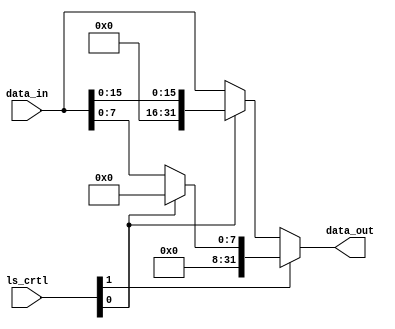
module load_size(
  input wire[1:0] ls_crtl,
  input wire[31:0] data_in,
  output wire[31:0] data_out
);
  wire[31:0] mux_w1, mux_w2;

  assign mux_w1 = ls_crtl[0] ? {16'b0, data_in[15:0]} : data_in; // 01 e 00
  assign mux_w2 = ls_crtl[0] ? 32'b0 : {24'b0, data_in[7:0]};  // 11 e 10
  assign data_out = ls_crtl[1] ? mux_w2 : mux_w1;

endmodule